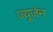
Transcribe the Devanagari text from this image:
ज्यूजेन